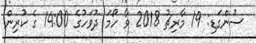
ސުންގަޑި: 19 މާރިޗު 2018 ވާ ހޯމަ ދުވަހުގެ 14:00 ގެ ކުރިން